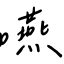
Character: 嚥